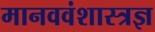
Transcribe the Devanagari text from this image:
मानववंशास्त्रज्ञ